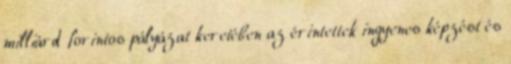
milliárd forintos pályázat keretében az érintettek ingyenes képzést és